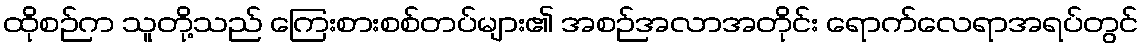
ထိုစဉ်က သူတို့သည် ကြေးစားစစ်တပ်များ၏ အစဉ်အလာအတိုင်း ရောက်လေရာအရပ်တွင်